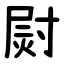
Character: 㷉